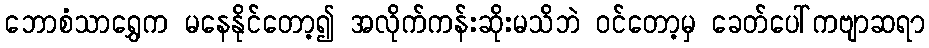
ဘောစံသာရွှေက မနေနိုင်တော့၍ အလိုက်ကန်းဆိုးမသိဘဲ ဝင်တော့မှ ခေတ်ပေါ်ကဗျာဆရာ